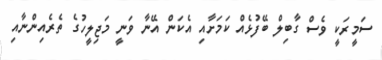
ސަމީރަކީ ވެސް ގާބިލް ބޭފުޅެއް ކަމަށާއި އެކަން އޭނާ ވަނީ މަޖިލީހުގެ ތެރެއިންނާއި